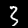
Digit: 3